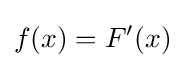
f(x)=F'(x)